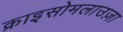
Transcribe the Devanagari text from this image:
क्राइसोमलाउज़ा